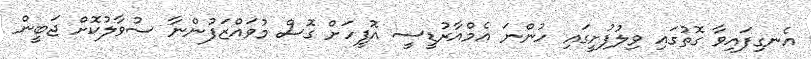
އެނގިފައިވާ ގޮތުގައި ވިލުފުށީގައި ހުންނަ އެމްއާރުޑީސީ އޮފީހަށް ގޮސް މުވައްޒަފުންނާ ސުވާލުކޮށް ޖަބީން